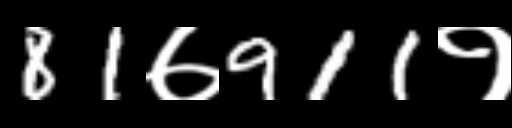
Text: 81७911१